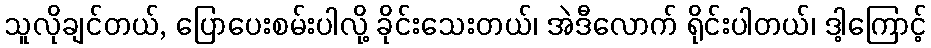
သူလိုချင်တယ်, ပြောပေးစမ်းပါလို့ ခိုင်းသေးတယ်၊ အဲဒီလောက် ရိုင်းပါတယ်၊ ဒါ့ကြောင့်